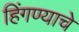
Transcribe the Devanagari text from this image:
हिंगण्याचे